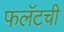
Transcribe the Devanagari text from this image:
फलॅटची